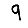
Digit: 9